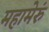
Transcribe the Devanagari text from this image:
महामेरुं